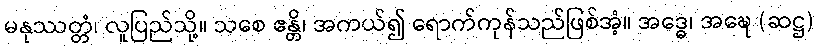
မနုဿတ္တံ၊ လူပြည်သို့။ သစေ ဧန္တိ၊ အကယ်၍ ရောက်ကုန်သည်ဖြစ်အံ့။ အဒ္ဓေ၊ အဍ္ဎေ (ဆဋ္ဌ)